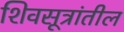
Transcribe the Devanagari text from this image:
शिवसूत्रांतील